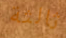
ثالثة